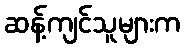
ဆန့်ကျင်သူများက